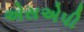
એસએપી